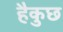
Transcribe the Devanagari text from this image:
हैकुछ